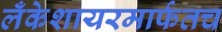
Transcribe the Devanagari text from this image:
लँकेशायरमार्फतच